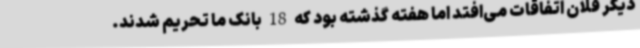
دیگر فلان اتفاقات می‌افتد اما هفته گذشته بود که 18 بانک ما تحریم شدند.